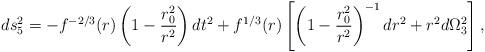
LaTeX: \begin{align*}ds^2_5=-f^{-2/3}(r)\left(1-{{r^2_0}\over{r^2}}\right)dt^2+f^{1/3}(r)\left[\left(1-{{r^2_0}\over{r^2}}\right)^{-1}dr^2+r^2d\Omega^2_3\right],\end{align*}